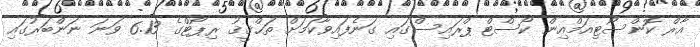
އާރް ކޮންސޯޓިއަމްއިން ކޯސްޓް ޕްރައިސްގައި ގަނެފައިވާކަމަށް ތަޙްޤީޤު ރިޕޯޓްގެ 6.13 ވަނަ ނަންބަރުގައި